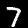
Label: 7